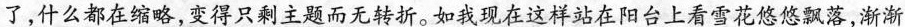
了，什么都在缩略，变得只剩主题而无转折。如我现在这样站在阳台上看雪花悠悠飘落，渐渐